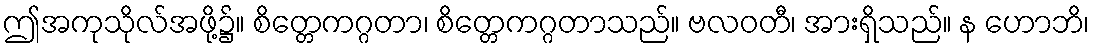
ဤအကုသိုလ်အဖို့၌။ စိတ္တေကဂ္ဂတာ၊ စိတ္တေကဂ္ဂတာသည်။ ဗလဝတီ၊ အားရှိသည်။ န ဟောဘိ၊